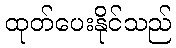
ထုတ်ပေးနိုင်သည်